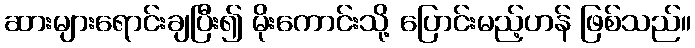
ဆားများရောင်းချပြီး၍ မိုးကောင်းသို့ ပြောင်းမည့်ဟန် ဖြစ်သည်။